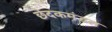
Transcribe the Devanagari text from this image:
छेदकमंडल